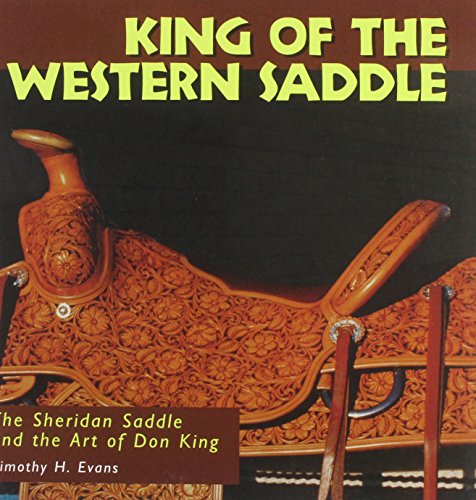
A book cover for King of the Western Saddle: The Sheridan Saddle and the Art of Don King (Folk Art and Artists Series); Timothy H. Evans; Crafts, Hobbies & Home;